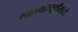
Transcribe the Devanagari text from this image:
मालवहातुकीसाठी